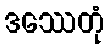
ဒဿေတုံ